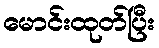
မောင်းထုတ်ပြီး